Indian journal of veterinary science and animal husbandry - Volumes 24-25, 1954-1955
Year: 1954
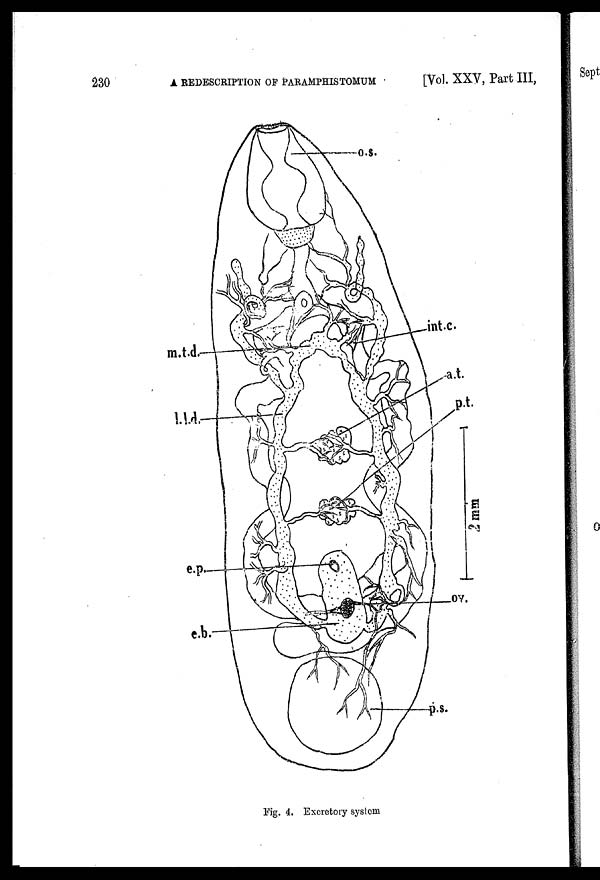
230
REDEBCRIPTION
OF PARAMPHISTOMUM
[Vol. XXV, Part III,
Fig. 4. Excretory system